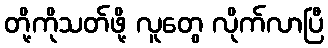
တို့ကိုသတ်ဖို့ လူတွေ လိုက်လာပြီ